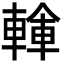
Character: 𨍓